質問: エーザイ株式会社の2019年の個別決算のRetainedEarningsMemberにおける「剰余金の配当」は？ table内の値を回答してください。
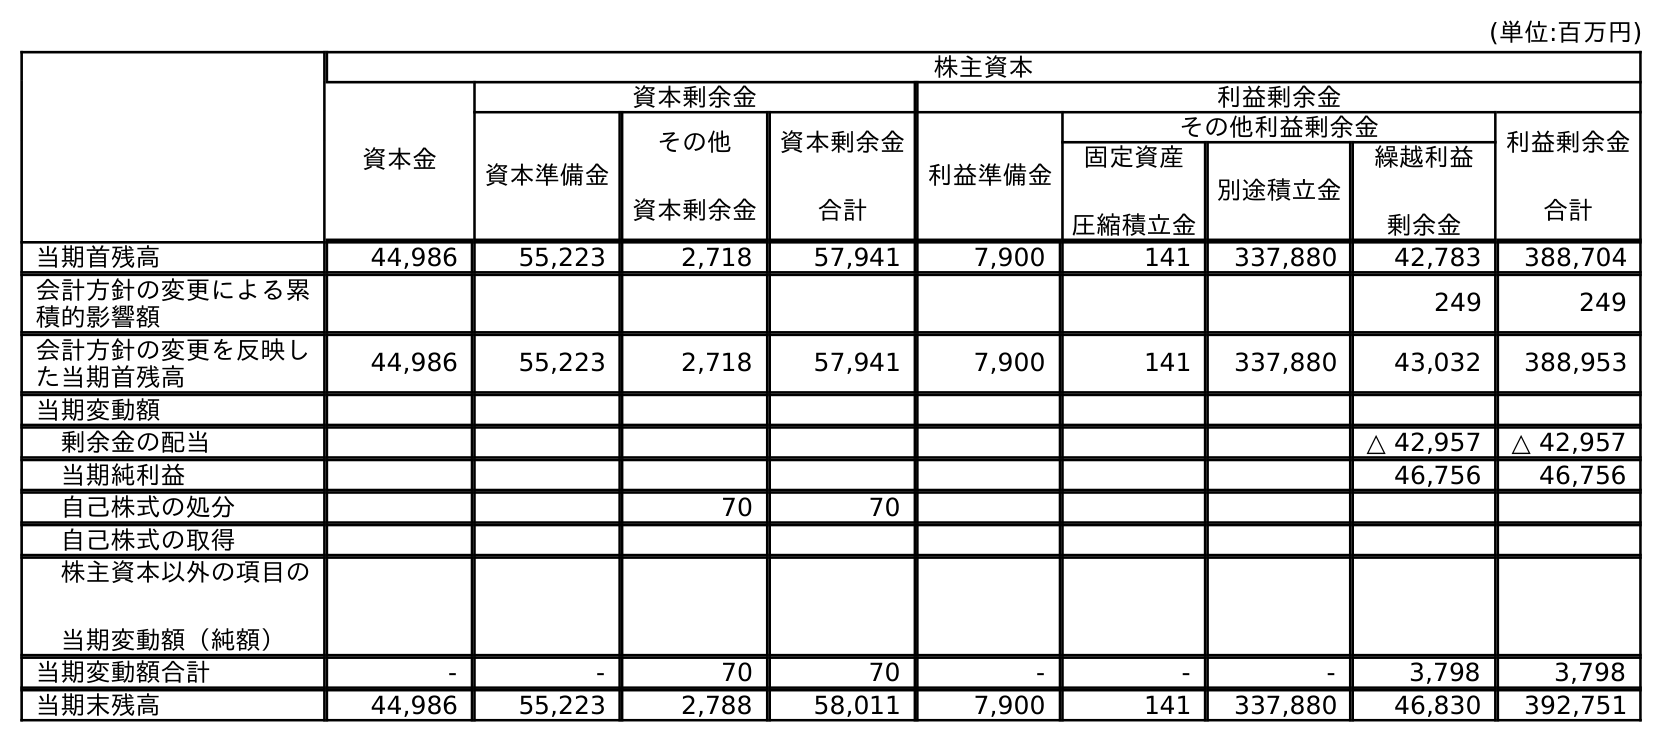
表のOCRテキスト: (単位:百万円) 株主資本 資本金 資本剰余金 利益剰余金 資本準備金 その他 資本剰余金 資本剰余金 合計 利益準備金 その他利益剰余金 利益剰余金 合計 固定資産 圧縮積立金 別途積立金 繰越利益 剰余金 当期首残高 44,986 55,223 2,718 57,941 7,900 141 337,880 42,783 388,704 会計方針の変更による累 積的影響額 249 249 会計方針の変更を反映し た当期首残高 44,986 55,223 2,718 57,941 7,900 141 337,880 43,032 388,953 当期変動額 剰余金の配当 △ 42,957 △ 42,957 当期純利益 46,756 46,756 自己株式の処分 70 70 自己株式の取得 株主資本以外の項目の 当期変動額（純額） 当期変動額合計 - - 70 70 - - - 3,798 3,798 当期末残高 44,986 55,223 2,788 58,011 7,900 141 337,880 46,830 392,751
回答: △42,957